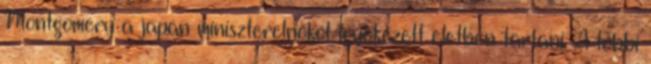
Montgomery a japán miniszterelnököt igyekezett életben tartani. A többi